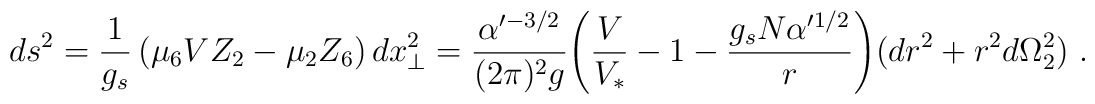
ds^2={1\over g_s}\left(\mu_6 V Z_2 - \mu_2  Z_6\right)dx_\perp^2 =  {\alpha'^{-3/2}\over (2\pi)^2 g} \Biggl(\frac{V}{V_*} - 1 - \frac{g_s N \alpha'^{1/2}}{r}\Biggr)(dr^2+r^2d\Omega^2_2)\ .